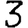
Digit: 3